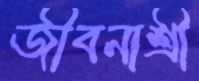
জীবনাশ্রী